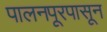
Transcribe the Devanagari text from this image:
पालनपूरपासून